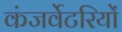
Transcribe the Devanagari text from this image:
कंजर्वेटरियों